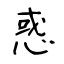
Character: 惑